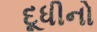
દૂધીનો